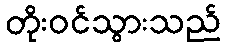
တိုးဝင်သွားသည်